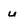
Character: u